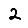
Digit: 2